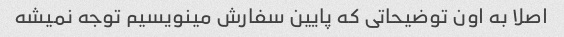
اصلا به اون توضیحاتی که پایین سفارش مینویسیم توجه نمیشه